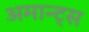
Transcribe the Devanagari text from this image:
अमान्ट्स